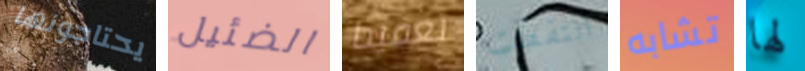
يحتاجونها الضئيل تعقيدا التقطت تشابه لها